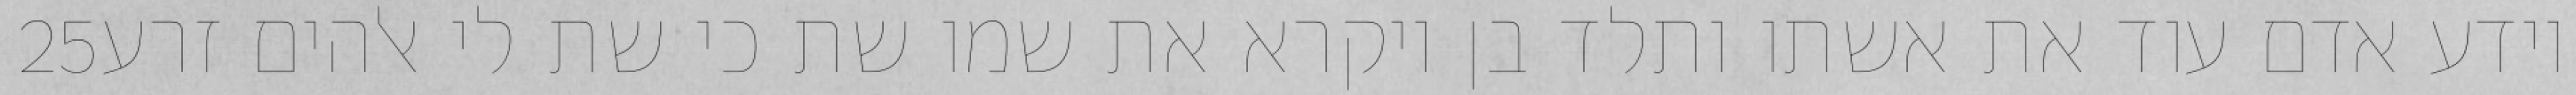
‎25‏ וידע אדם עוד את אשתו ותלד בן ויקרא את שמו שת כי שת לי אלהים זרע